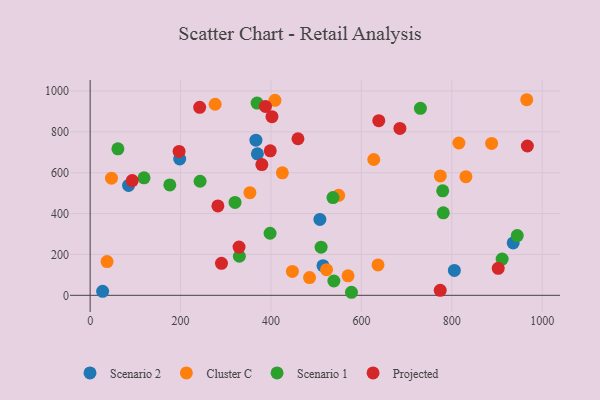
{"axis": {"x": "Ad Spend", "y": "Yield"}, "legend": ["Cluster C", "Projected", "Scenario 1", "Scenario 2"], "data": [{"x": "85.0", "y": 537.9, "type": "Scenario 2"}, {"x": "515.1", "y": 145.2, "type": "Scenario 2"}, {"x": "508.2", "y": 371.5, "type": "Scenario 2"}, {"x": "366.7", "y": 759.4, "type": "Scenario 2"}, {"x": "805.7", "y": 121.9, "type": "Scenario 2"}, {"x": "370.0", "y": 692.3, "type": "Scenario 2"}, {"x": "198.1", "y": 667.1, "type": "Scenario 2"}, {"x": "27.6", "y": 19.6, "type": "Scenario 2"}, {"x": "935.8", "y": 256.4, "type": "Scenario 2"}, {"x": "408.8", "y": 954.2, "type": "Cluster C"}, {"x": "37.4", "y": 165.2, "type": "Cluster C"}, {"x": "47.2", "y": 573.3, "type": "Cluster C"}, {"x": "276.5", "y": 935.1, "type": "Cluster C"}, {"x": "636.8", "y": 148.9, "type": "Cluster C"}, {"x": "965.8", "y": 957.3, "type": "Cluster C"}, {"x": "815.7", "y": 745.6, "type": "Cluster C"}, {"x": "485.3", "y": 87.0, "type": "Cluster C"}, {"x": "522.9", "y": 125.3, "type": "Cluster C"}, {"x": "425.2", "y": 599.4, "type": "Cluster C"}, {"x": "570.5", "y": 95.5, "type": "Cluster C"}, {"x": "888.1", "y": 743.3, "type": "Cluster C"}, {"x": "774.6", "y": 584.3, "type": "Cluster C"}, {"x": "627.4", "y": 664.8, "type": "Cluster C"}, {"x": "447.4", "y": 116.9, "type": "Cluster C"}, {"x": "831.2", "y": 580.6, "type": "Cluster C"}, {"x": "549.7", "y": 489.6, "type": "Cluster C"}, {"x": "353.4", "y": 502.5, "type": "Cluster C"}, {"x": "779.9", "y": 511.6, "type": "Scenario 1"}, {"x": "539.2", "y": 70.0, "type": "Scenario 1"}, {"x": "578.1", "y": 14.9, "type": "Scenario 1"}, {"x": "119.2", "y": 574.9, "type": "Scenario 1"}, {"x": "243.2", "y": 558.2, "type": "Scenario 1"}, {"x": "176.2", "y": 540.4, "type": "Scenario 1"}, {"x": "730.6", "y": 915.4, "type": "Scenario 1"}, {"x": "911.4", "y": 177.4, "type": "Scenario 1"}, {"x": "61.4", "y": 717.2, "type": "Scenario 1"}, {"x": "330.1", "y": 191.1, "type": "Scenario 1"}, {"x": "369.3", "y": 941.1, "type": "Scenario 1"}, {"x": "537.1", "y": 478.3, "type": "Scenario 1"}, {"x": "781.2", "y": 403.8, "type": "Scenario 1"}, {"x": "398.0", "y": 303.9, "type": "Scenario 1"}, {"x": "944.8", "y": 292.5, "type": "Scenario 1"}, {"x": "320.5", "y": 454.7, "type": "Scenario 1"}, {"x": "510.9", "y": 235.4, "type": "Scenario 1"}, {"x": "290.5", "y": 156.6, "type": "Projected"}, {"x": "902.7", "y": 132.2, "type": "Projected"}, {"x": "459.7", "y": 766.4, "type": "Projected"}, {"x": "93.1", "y": 561.5, "type": "Projected"}, {"x": "379.8", "y": 640.0, "type": "Projected"}, {"x": "402.2", "y": 874.1, "type": "Projected"}, {"x": "685.2", "y": 817.0, "type": "Projected"}, {"x": "282.6", "y": 437.5, "type": "Projected"}, {"x": "398.4", "y": 707.1, "type": "Projected"}, {"x": "196.7", "y": 704.4, "type": "Projected"}, {"x": "774.4", "y": 24.2, "type": "Projected"}, {"x": "967.2", "y": 730.8, "type": "Projected"}, {"x": "329.4", "y": 236.2, "type": "Projected"}, {"x": "242.3", "y": 920.0, "type": "Projected"}, {"x": "387.8", "y": 924.3, "type": "Projected"}, {"x": "638.5", "y": 854.9, "type": "Projected"}]}